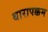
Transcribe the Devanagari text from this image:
थारापक्कम